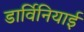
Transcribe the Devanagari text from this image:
डार्विनियाई